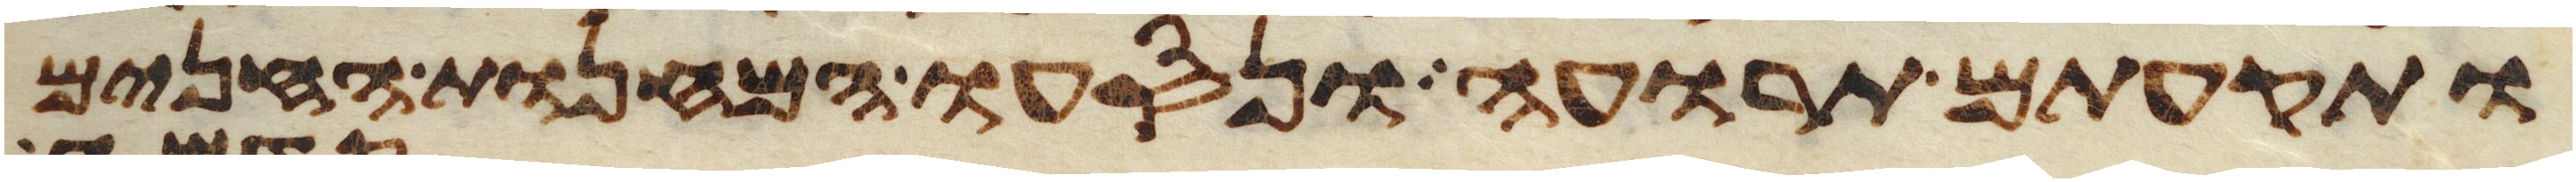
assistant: ותקעתם תרועה ונסעו המחנות החנים